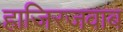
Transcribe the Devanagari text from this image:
हाजिरजवाब